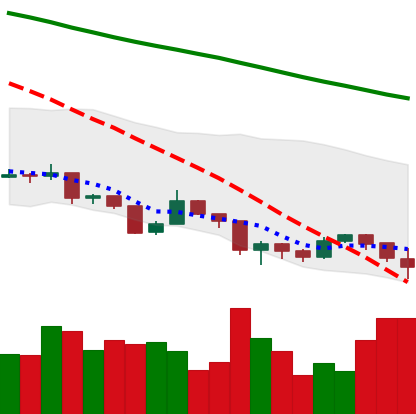
Ticker: XLM-USD
Chart end date: 2019-08-22
Forward return: 4.004%
Label: up_3_5